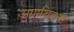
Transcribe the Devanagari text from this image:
अगाशिवची